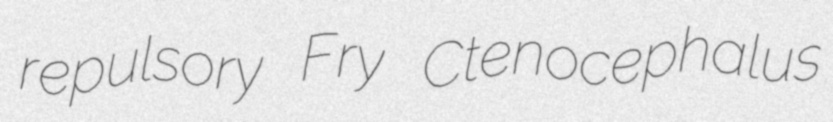
repulsory Fry Ctenocephalus